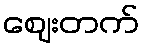
ဈေးတက်